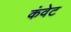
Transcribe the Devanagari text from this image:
कंवेट